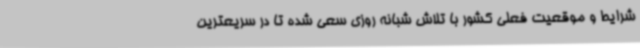
شرایط و موقعیت فعلی کشور با تلاش شبانه روزی سعی شده تا در سریعترین